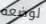
لوضعه